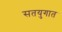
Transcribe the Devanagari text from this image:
सतयुगात